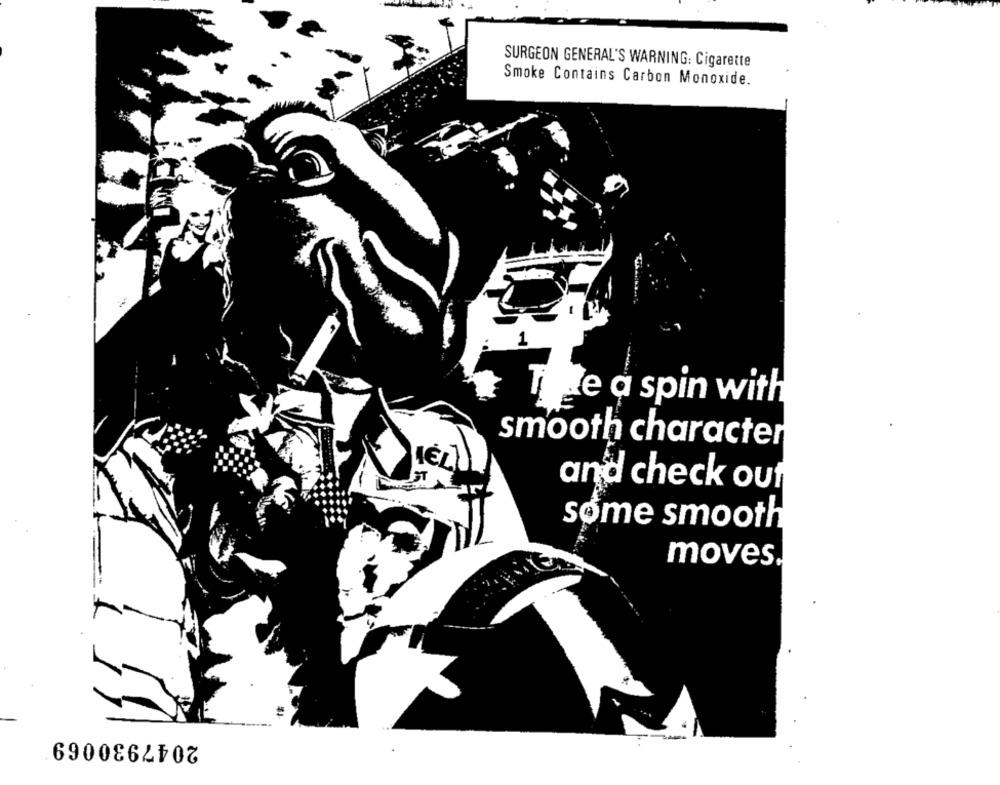
SURGEON GENERAL'S WARNING: Cigarette
Smoke Contains Carbon Monoxide.
Ti de a spin with
smooth character
IST
and check out
some smooth
moves.
2047930069